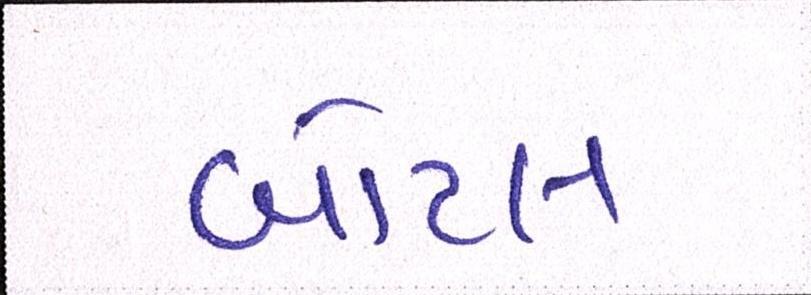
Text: બોટલ